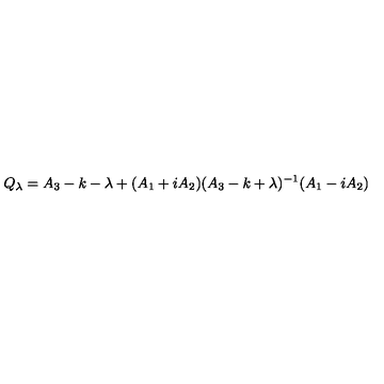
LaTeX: Q _ { \lambda } = A _ { 3 } - k - \lambda + ( A _ { 1 } + i A _ { 2 } ) ( A _ { 3 } - k + \lambda ) ^ { - 1 } ( A _ { 1 } - i A _ { 2 } )